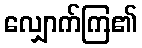
လျှောက်ကြ၏